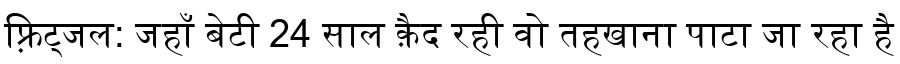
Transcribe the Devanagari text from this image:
फ़्रिट्जल: जहाँ बेटी 24 साल क़ैद रही वो तहखाना पाटा जा रहा है